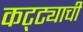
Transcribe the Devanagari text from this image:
कट्ट्याची